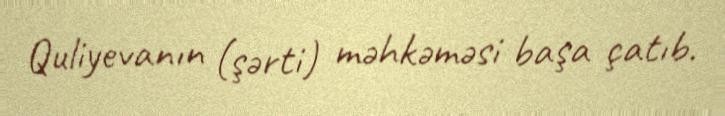
Quliyevanın (şərti) məhkəməsi başa çatıb.